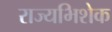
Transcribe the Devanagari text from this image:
राज्यभिशेक